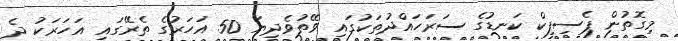
މިގޮތުން ޕެސިފިކް ކަނޑުގެ ސަރަހައްދުތަކުގައި ވޭތުވެދިޔަ 50 އަހަރުގެ ތެރޭގައި އަހަރަކު ދެ